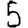
Digit: 5